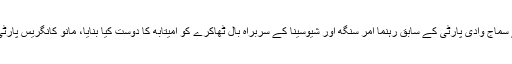
سیاسی ماہرین کے مطابق کانگریس پارٹی سے دوری نے سماج وادی پارٹی کے سابق رہنما امر سنگھ اور شیوسینا کے سربراہ بال ٹھاکرے کو امیتابھ کا دوست کیا بنایا، مانو کانگریس پارٹی امیتابھ کو ذہنی اذیت دینے کے بہانے ڈھونڈتی رہتی ہے۔